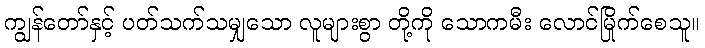
ကျွန်တော်နှင့် ပတ်သက်သမျှသော လူများစွာ တို့ကို သောကမီး လောင်မြိုက်စေသူ။